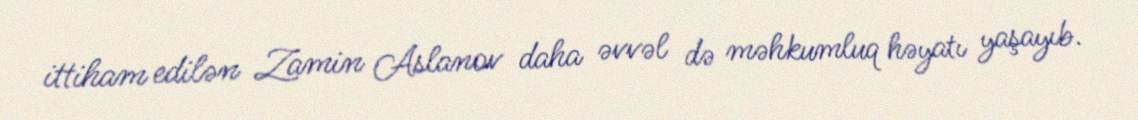
ittiham edilən Zamin Aslanov daha əvvəl də məhkumluq həyatı yaşayıb.